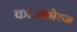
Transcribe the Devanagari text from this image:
काराकोरुम